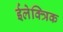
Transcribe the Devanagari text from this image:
ईलेक्त्रिक